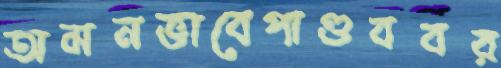
অমনভাবেপাণ্ডববর